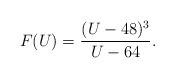
LaTeX: \begin{align*} F(U) = \frac{(U-48)^3}{U-64}.\end{align*}